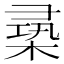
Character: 𣕡